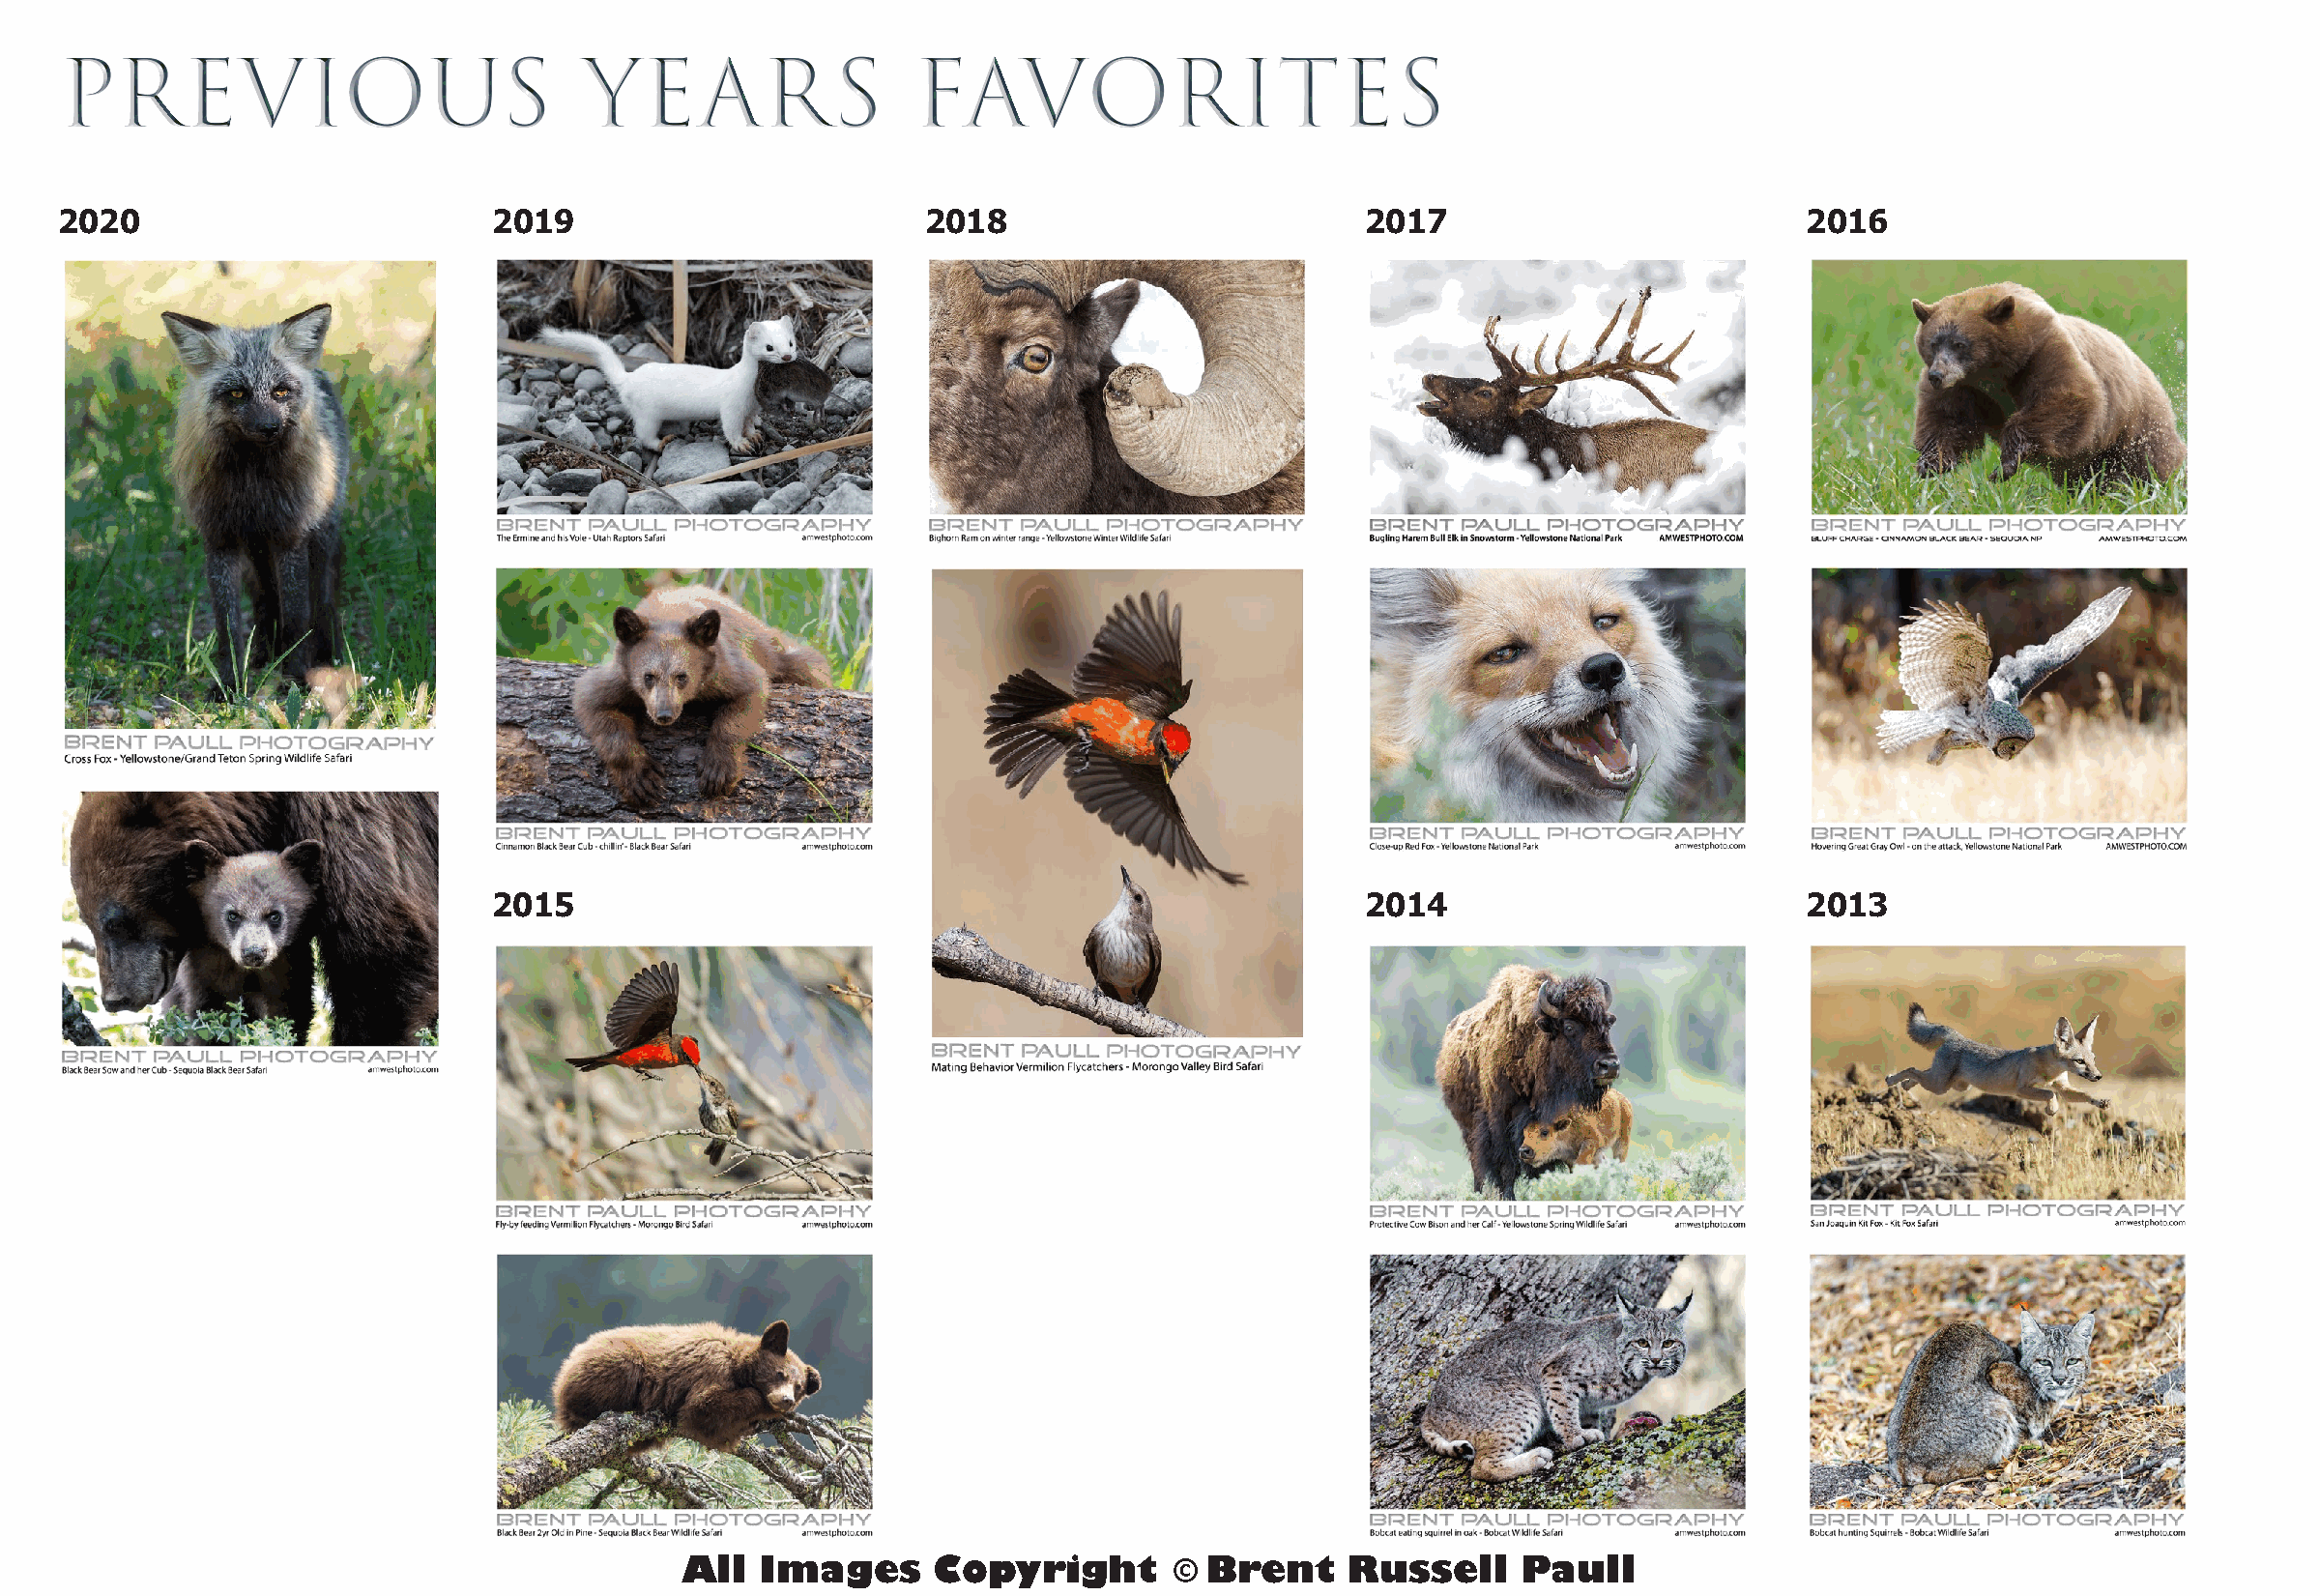
PREVIOUS                            YEARS                  FAVORITES
 2020                          2019                         2018                          2017                           2016
 2015                                                       2014                           2013
 All  Images      Copyright       ©  Brent    Russell     Paull